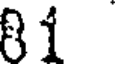
81